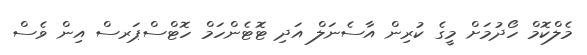
މެލްކޮމް ހޯދުމަށް މީގެ ކުރިން އާސެނަލް އަދި ޓޮޓެންހަމް ހޮޓްސްޕަރސް އިން ވެސް